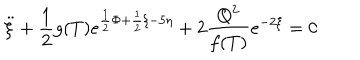
LaTeX: \ddot { \xi } + \frac { 1 } { 2 } g ( T ) e ^ { \frac { 1 } { 2 } \Phi + \frac { 1 } { 2 } \xi - 5 \eta } + 2 \frac { Q ^ { 2 } } { f ( T ) } e ^ { - 2 \xi } = 0